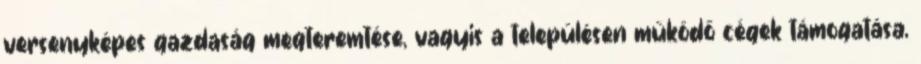
versenyképes gazdaság megteremtése, vagyis a településen működő cégek támogatása,